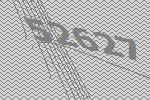
52627